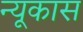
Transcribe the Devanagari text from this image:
न्यूकास